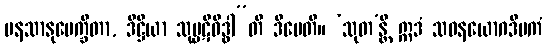
မနသာနုပေက္ခိတာ, ဒိဋ္ဌိယာ သုပ္ပဋိဝိဒ္ဓါ”တိ ဒီပေတိ။ ‘သုတ’န္တိ ဣဒံ သဝနယောဂဒီပကံ